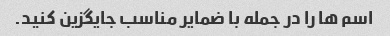
اسم ها را در جمله با ضمایر مناسب جایگزین کنید.